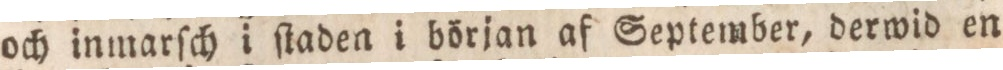
och inmarſch i ſtaden i början af September, derwid en